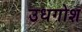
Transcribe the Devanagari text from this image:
उधगोश